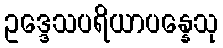
ဥဒ္ဒေသပရိယာပန္နေသု